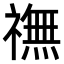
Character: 𫞶